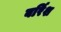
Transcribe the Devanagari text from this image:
बर्रिश